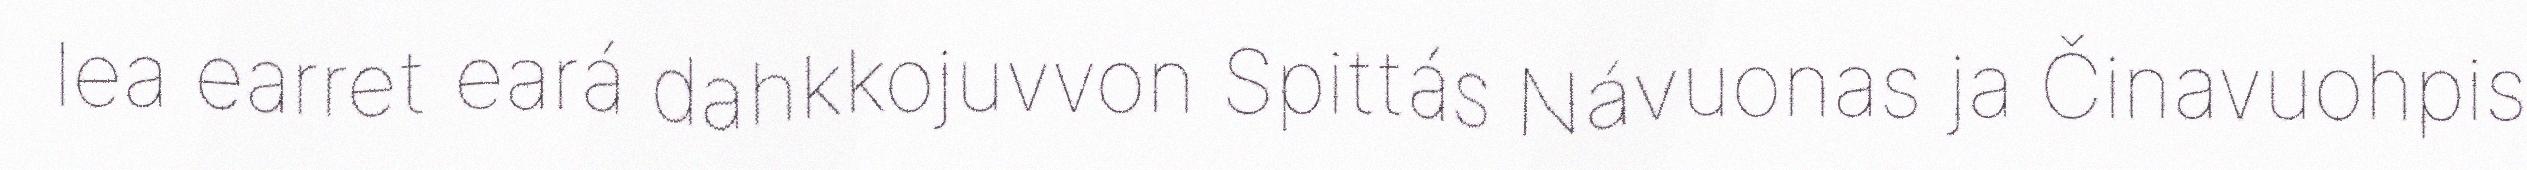
lea earret eará dahkkojuvvon Spittás Návuonas ja Činavuohpis